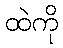
ထဲကို